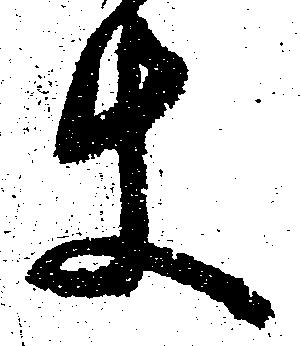
使